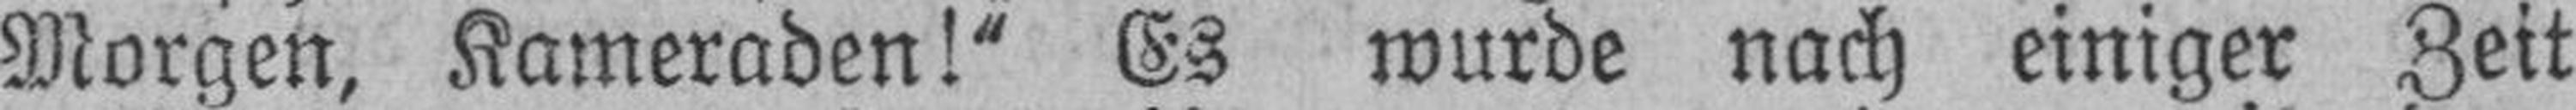
Morgen, Kameraden!“ Es wurde nach einiger Zeit